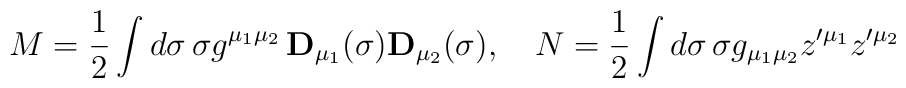
M={\frac 12}\int d\sigma \,\sigma g^{\mu _1\mu _2}\,{\bf D}_{\mu _1}(\sigma ){\bf D}_{\mu _2}(\sigma ),\quad N={\frac 12}\int d\sigma \,\sigma g_{\mu_1\mu _2}z^{\prime \mu _1}z^{\prime \mu _2}